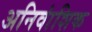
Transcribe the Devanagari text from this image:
अनिवांशिक